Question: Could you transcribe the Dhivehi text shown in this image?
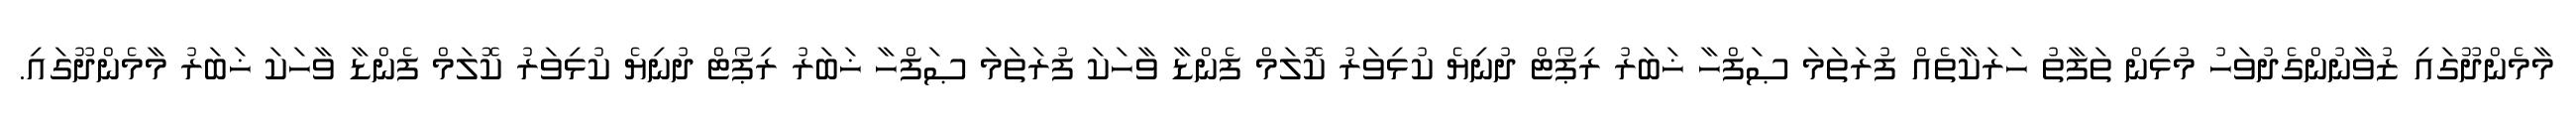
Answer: މާމެންދޫގައި ޒުވާނުންގެދުވަހު މުޅިން ތަފާތު ހަރަކާތެއް ފުރަތަމަ ޞަފްހާ ޚަބަރު ރިޕޯޓް ދުނިޔެ ކުޅިވަރު ކޮލަމް ފެންޑާ ވާހަކަ ފުރަތަމަ ޞަފްހާ ޚަބަރު ރިޕޯޓް ދުނިޔެ ކުޅިވަރު ކޮލަމް ފެންޑާ ވާހަކަ ޚަބަރު މާމެންދޫގައި.